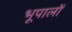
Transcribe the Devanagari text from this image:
भूपालों